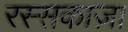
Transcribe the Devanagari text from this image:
रस्सकाज़ा